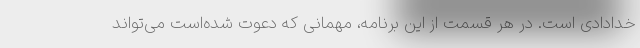
خدادادی است. در هر قسمت از این برنامه، مهمانی که دعوت شده‌است می‌تواند